Bombay plague: being a history of the progress of plague in the Bombay presidency from September 1896 to June 1899
Year: 1896
Disease focus: Plague
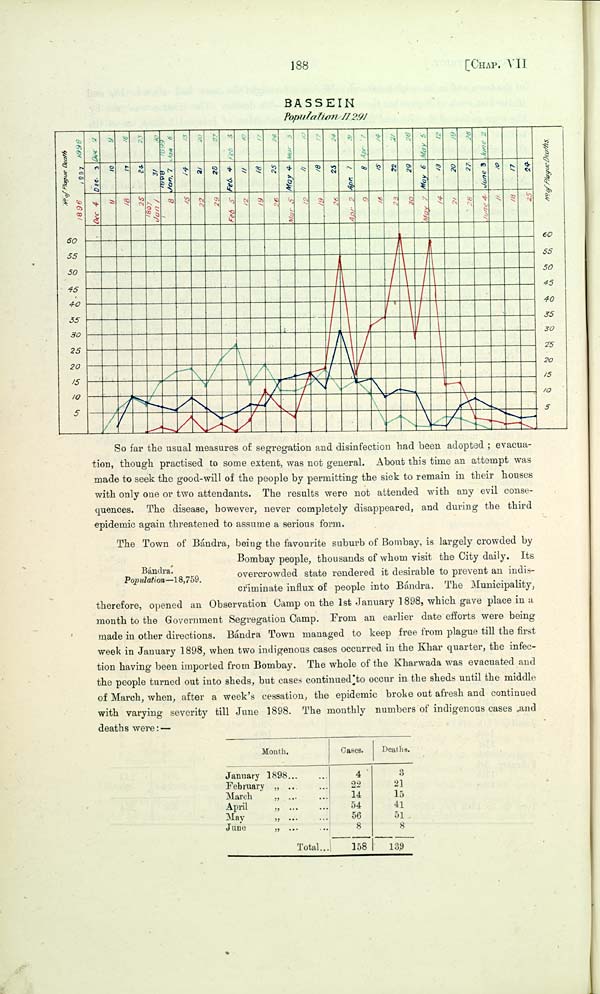
188
[CHAP. VII
BASSEIN
Population 11,291
So far the usual measures of segregation and disinfection had been adopted; evacua-
tion, though practised to some extent, was not general. About this time an attempt was
made to seek the good-will of the people by permitting the sick to remain in their houses
with only one or two attendants. The results were not attended with any evil conse-
quences. The disease, however, never completely disappeared, and during the third
epidemic again threatened to assume a serious form.
Bándra.
Population—18,759.
The Town of Bándra, being the favourite suburb of Bombay, is largely crowded by
Bombay people, thousands of whom visit the City daily. Its
overcrowded state rendered it desirable to prevent an indis-
criminate influx of people into Bándra. The Municipality,
therefore, opened an Observation Camp on the 1st January 1898, which gave place in a
month to the Government Segregation Camp. From an earlier date efforts were being
made in other directions. Bándra Town managed to keep free from plague till the first
week in January 1898, when two indigenous cases occurred in the Khar quarter, the infec-
tion having been imported from Bombay. The whole of the Kharwada was evacuated and
the people turned out into sheds, but cases continued to occur in the sheds until the middle
of March, when, after a week's cessation, the epidemic broke out afresh and continued
with varying severity till June 1898. The monthly numbers of indigenous cases and
deaths were:—
Month.
January
1898
February
"
March
"
April
"
May
"
June
"
Total
Cases.
4
22
14
54
56
8
158
Deaths.
3
21
15
41
51
8
139